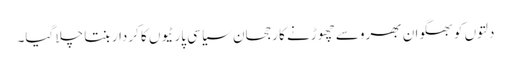
دلتوں کو بھگوان بھروسے چھوڑنے کا رجحان سیاسی پارٹیوں کا کردار بنتا چلا گیا۔